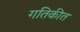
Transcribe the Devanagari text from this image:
गतिकीत